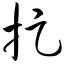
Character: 捉